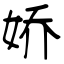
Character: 娇